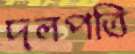
দলপতি